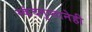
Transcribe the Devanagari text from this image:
स्कंदगुप्तानेही